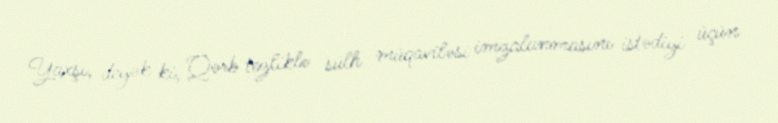
Yaxşı, deyək ki, Qərb tezliklə sülh müqaviləsi imzalanmasını istədiyi üçün